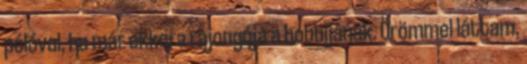
pólóval, ha már ekkora rajongója a hobbijának. Örömmel láttam,